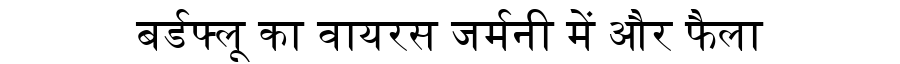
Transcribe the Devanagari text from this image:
बर्डफ्लू का वायरस जर्मनी में और फैला